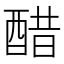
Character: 醋